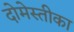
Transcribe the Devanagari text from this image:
दोमेस्तीका